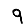
Digit: 9